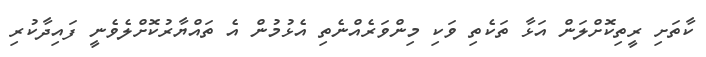
ކާތަށި ރީތިކޮށްލަން އަޅާ ތަކެތި ވަކި މިންވަރެއްނެތި އެޅުުމުން އެ ތައްޔާރުކޮށްލެވެނީ ފައިދާކުރި